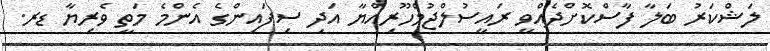
ލަޝްކަރު ބަލާ ފާސްކޮށްދެއްވީ ރައީސުލްޖުމްހޫރިއްޔާ އަދި ސިފައިންގެ އެންމެ މަތީ ވެރިޔާ ޑރ.